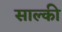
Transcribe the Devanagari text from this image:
साल्की